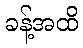
ခန့်အထိ